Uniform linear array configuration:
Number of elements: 8
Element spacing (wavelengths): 0.25
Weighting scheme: hann
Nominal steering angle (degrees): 60
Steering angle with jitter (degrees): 58.634
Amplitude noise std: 0.05
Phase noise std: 0.05

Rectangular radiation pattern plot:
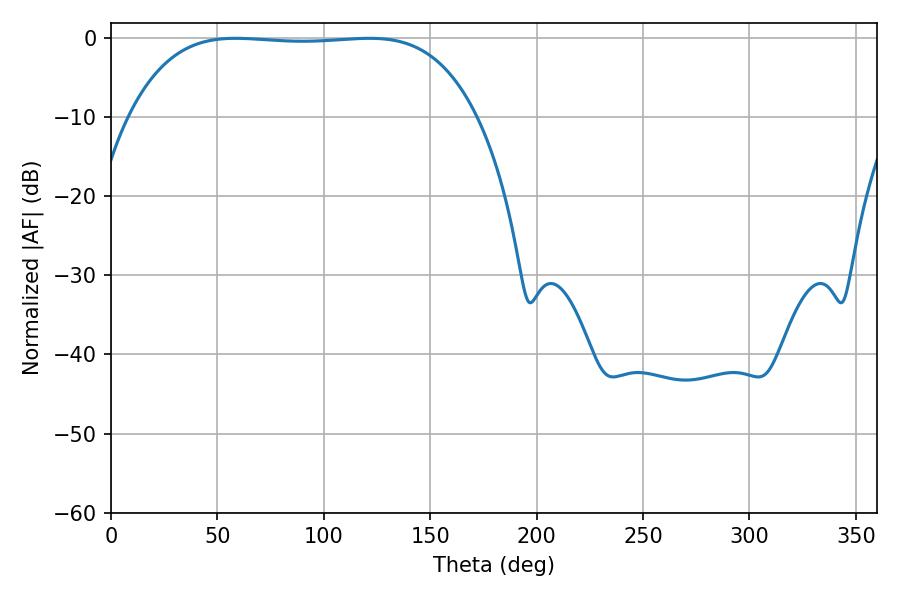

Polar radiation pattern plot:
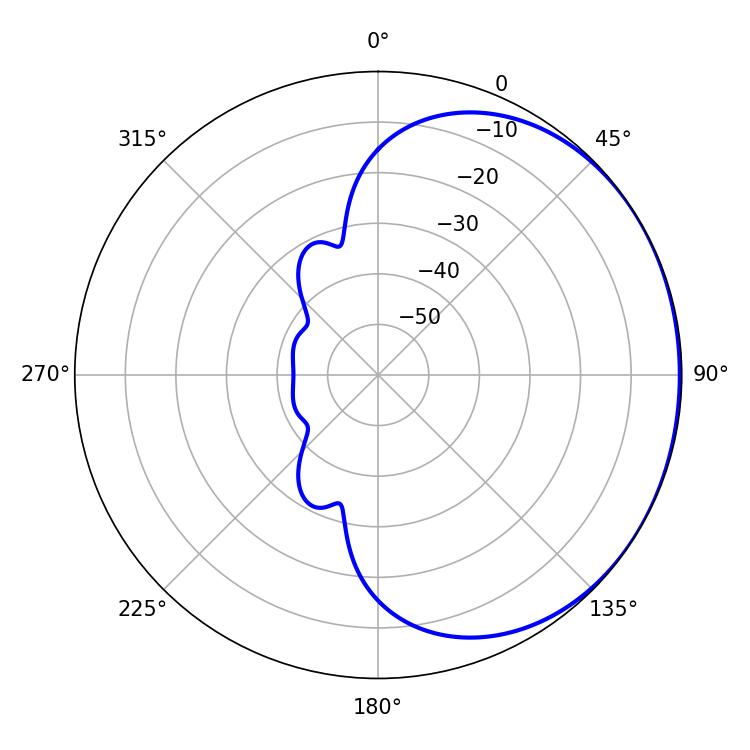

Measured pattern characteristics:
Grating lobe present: FALSE
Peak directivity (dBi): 0.7007
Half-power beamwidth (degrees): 127.44
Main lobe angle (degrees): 58.5